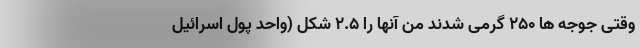
وقتی جوجه ها 250 گرمی شدند من آنها را 2.5 شِکِل (واحد پول اسرائیل